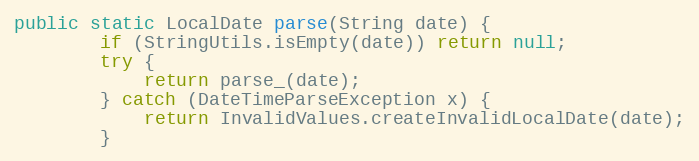
Language: Java
public static LocalDate parse(String date) {
		if (StringUtils.isEmpty(date)) return null;
		try {
			return parse_(date);
		} catch (DateTimeParseException x) {
			return InvalidValues.createInvalidLocalDate(date);
		}